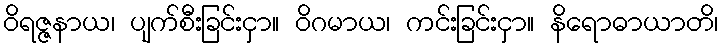
ဝိရဇ္ဇနာယ၊ ပျက်စီးခြင်းငှာ။ ဝိဂမာယ၊ ကင်းခြင်းငှာ။ နိရောဓာယာတိ၊